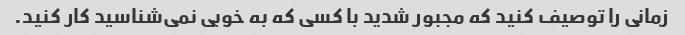
زمانی را توصیف کنید که مجبور شدید با کسی که به خوبی نمی‌شناسید کار کنید.